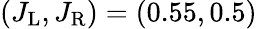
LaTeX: (J_{\mathrm{L}},J_{\mathrm{R}})=(0.55,0.5)